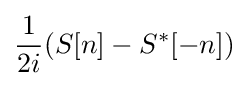
{\frac {1}{2i}}(S[n]-S^{*}[-n])